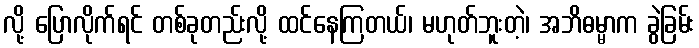
လို့ ပြောလိုက်ရင် တစ်ခုတည်းလို့ ထင်နေကြတယ်၊ မဟုတ်ဘူးတဲ့၊ အဘိဓမ္မာက ခွဲခြမ်း